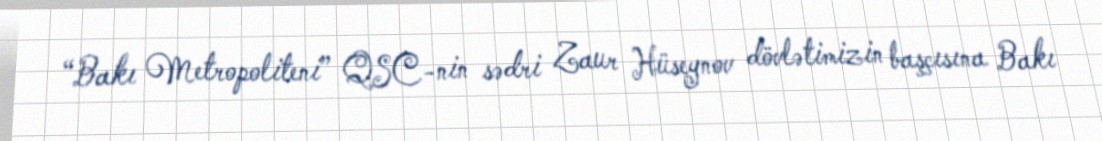
“Bakı Metropoliteni” QSC-nin sədri Zaur Hüseynov dövlətimizin başçısına Bakı